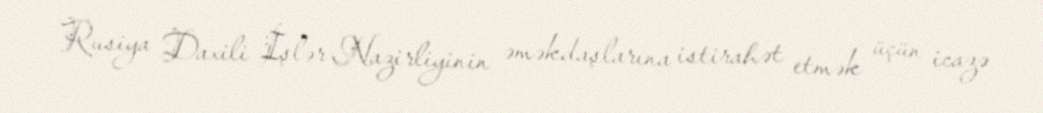
Rusiya Daxili İşlər Nazirliyinin əməkdaşlarına istirahət etmək üçün icazə